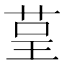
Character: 𮎺